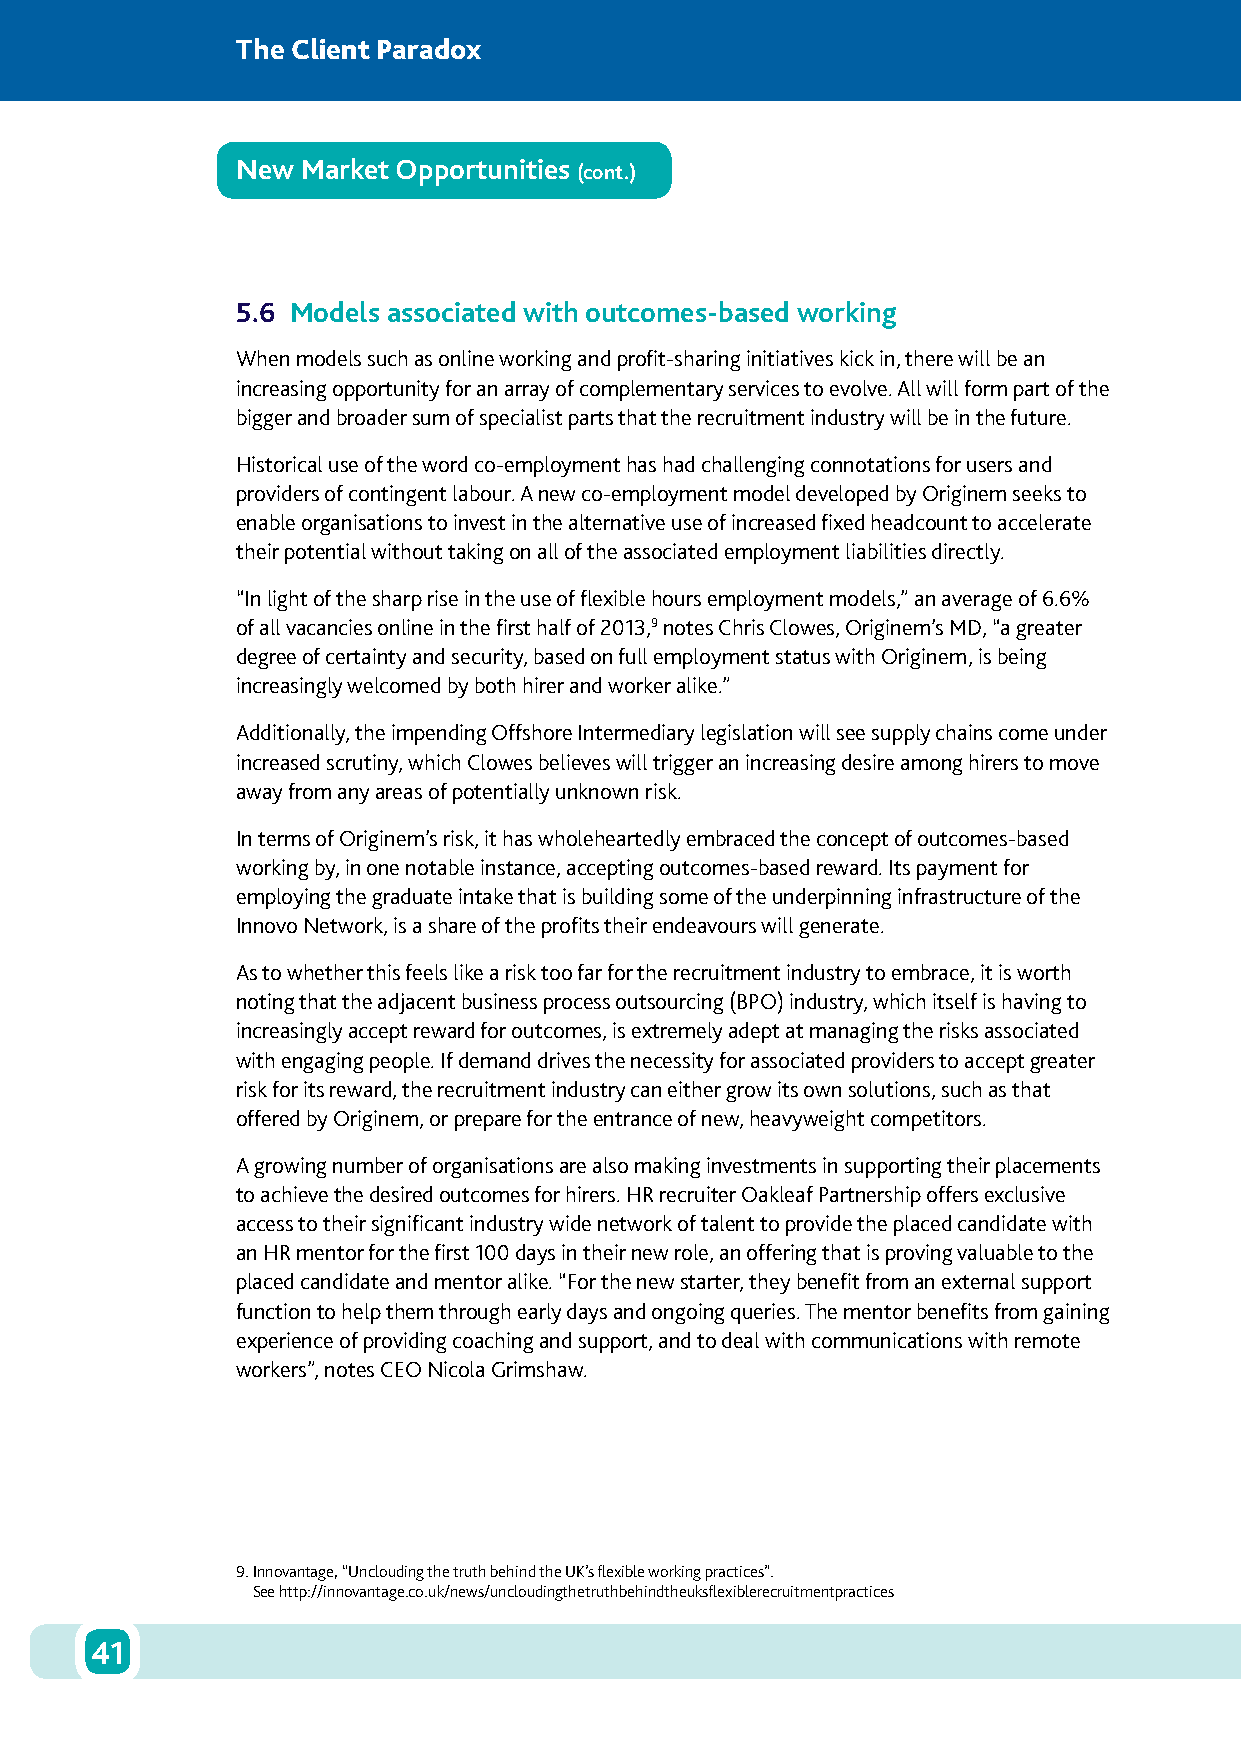
The Client Paradox
 New Market Opportunities
 (cont.)
 5.6 Models associated with outcomes-based working
 When models such as online working and profit-sharing initiatives kick in, there will be an
 increasing opportunity for an array of complementary services to evolve. All will form part of the
 bigger and broader sum of specialist parts that the recruitment industry will be in the future.
 Historical use of the word co-employment has had challenging connotations for users and
 providers of contingent labour. A new co-employment model developed by Originem seeks to
 enable organisations to invest in the alternative use of increased fixed headcount to accelerate
 their potential without taking on all of the associated employment liabilities directly.
 “In light of the sharp rise in the use of flexible hours employment models,” an average of 6.6%
 of all vacancies online in the first half of 2013,9 notes Chris Clowes, Originem’s MD, “a greater
 degree of certainty and security, based on full employment status with Originem, is being
 increasingly welcomed by both hirer and worker alike.”
 Additionally, the impending Offshore Intermediary legislation will see supply chains come under
 increased scrutiny, which Clowes believes will trigger an increasing desire among hirers to move
 away from any areas of potentially unknown risk.
 In terms of Originem’s risk, it has wholeheartedly embraced the concept of outcomes-based
 working by, in one notable instance, accepting outcomes-based reward. Its payment for
 employing the graduate intake that is building some of the underpinning infrastructure of the
 Innovo Network, is a share of the profits their endeavours will generate.
 As to whether this feels like a risk too far for the recruitment industry to embrace, it is worth
 noting that the adjacent business process outsourcing (BPO) industry, which itself is having to
 increasingly accept reward for outcomes, is extremely adept at managing the risks associated
 with engaging people. If demand drives the necessity for associated providers to accept greater
 risk for its reward, the recruitment industry can either grow its own solutions, such as that
 offered by Originem, or prepare for the entrance of new, heavyweight competitors.
 A growing number of organisations are also making investments in supporting their placements
 to achieve the desired outcomes for hirers. HR recruiter Oakleaf Partnership offers exclusive
 access to their significant industry wide network of talent to provide the placed candidate with
 an HR mentor for the first 100 days in their new role, an offering that is proving valuable to the
 placed candidate and mentor alike. “For the new starter, they benefit from an external support
 function to help them through early days and ongoing queries. The mentor benefits from gaining
 experience of providing coaching and support, and to deal with communications with remote
 workers”, notes CEO Nicola Grimshaw.
 9. Innovantage, “Unclouding the truth behind the UK’s flexible working practices”.
 See http://innovantage.co.uk/news/uncloudingthetruthbehindtheuksflexiblerecruitmentpractices
 41